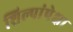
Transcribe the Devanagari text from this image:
शिल्पांपेक्षा